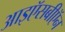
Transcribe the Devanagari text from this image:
आइऍसबीऍन